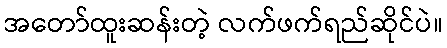
အတော်ထူးဆန်းတဲ့ လက်ဖက်ရည်ဆိုင်ပဲ။